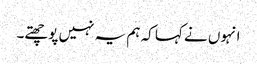
انہوں نے کہا کہ ہم یہ نہیں پوچھتے۔